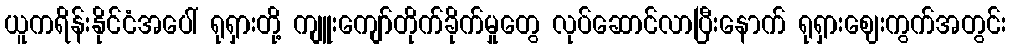
ယူကရိန်းနိုင်ငံအပေါ် ရုရှားတို့ ကျူးကျော်တိုက်ခိုက်မှုတွေ လုပ်ဆောင်လာပြီးနောက် ရုရှားဈေးကွက်အတွင်း